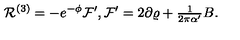
{ \cal R } ^ { ( 3 ) } = - e ^ { - \phi } { \cal F } ^ { \prime } , { \cal F } ^ { \prime } = 2 \partial \varrho + { \textstyle \frac { 1 } { 2 \pi \alpha ^ { \prime } } } B .